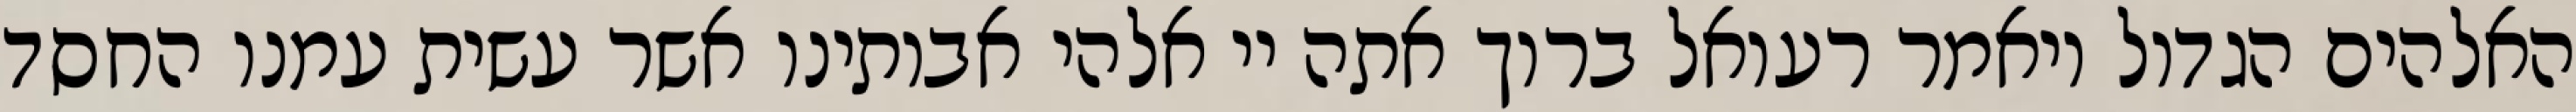
האלהים הגדול ויאמר רעואל ברוך אתה יי אלהי אבותינו אשר עשית עמנו החסד